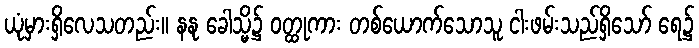
ယုံမှားရှိလေသတည်း။ နနု ခေါသ္မိ၌ ဝတ္ထုကား တစ်ယောက်သောသူ ငါးဖမ်းသည်ရှိသော် ရေ၌